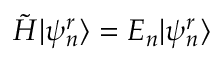
\tilde { H } | \psi _ { n } ^ { r } \rangle = E _ { n } | \psi _ { n } ^ { r } \rangle